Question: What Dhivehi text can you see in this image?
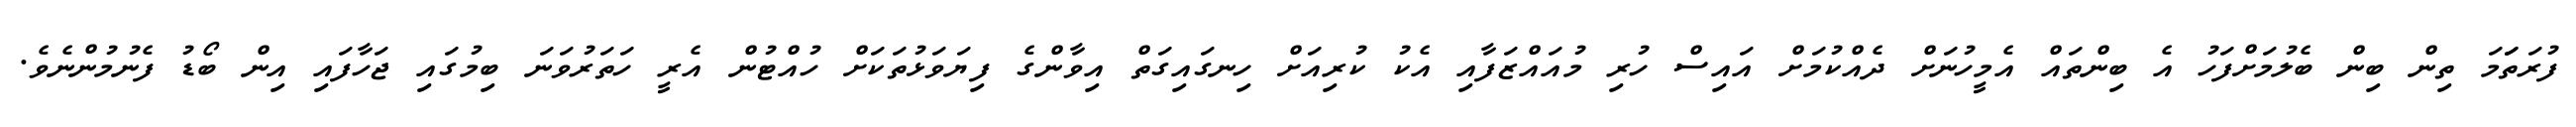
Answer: ފުރަތަަމަ ތިން ބިން ބެލުމަށްފަހު އެ ބިންތައް އެމީހުނަށް ދެއްކުމަށް އައިސް ހުރި މުއައްޒަފާއި އެކު ކުރިއަށް ހިނގައިގަތް އިވާންގެ ފިޔަވަޅުތަކަށް ހުއްޓުން އެރީ ހަތަރުވަނަ ބިމުގައި ޖަހާފައި އިން ބޯޑު ފެނުމުންނެވެ.